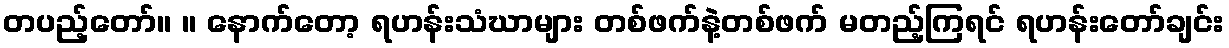
တပည့်တော်။ ။ နောက်တော့ ရဟန်းသံဃာများ တစ်ဖက်နဲ့တစ်ဖက် မတည့်ကြရင် ရဟန်းတော်ချင်း